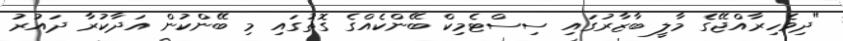
"ދިވެހިރާއްޖޭގެ މާލީ ބާޒާރުގައި ސިސްޓެމިކް ބޭންކެއްގެ ގޮތުގައި މި ބޭންކުން އަދާކުރާ ދައުރު